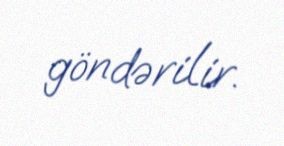
göndərilir.